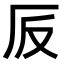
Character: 𠨹